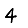
Digit: 4